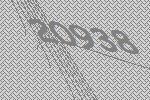
20938